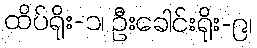
ထိပ်ရိုး-၁၊ ဦးခေါင်းရိုး-၉၊